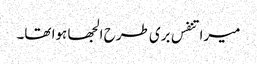
میرا تنفس بری طرح الجھا ہوا تھا۔